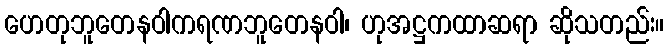
ဟေတုဘူတေနဝါကရဏဘူတေနဝါ၊ ဟုအဋ္ဌကထာဆရာ ဆိုသတည်း။